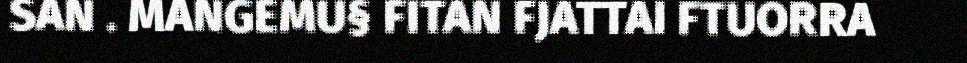
SAN . MANGEMU§ FITAN FJATTAI FTUORRA